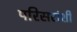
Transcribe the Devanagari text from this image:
परिसरांशी